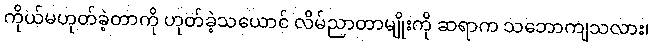
ကိုယ်မဟုတ်ခဲ့တာကို ဟုတ်ခဲ့သယောင် လိမ်ညာတာမျိုးကို ဆရာက သဘောကျသလား၊